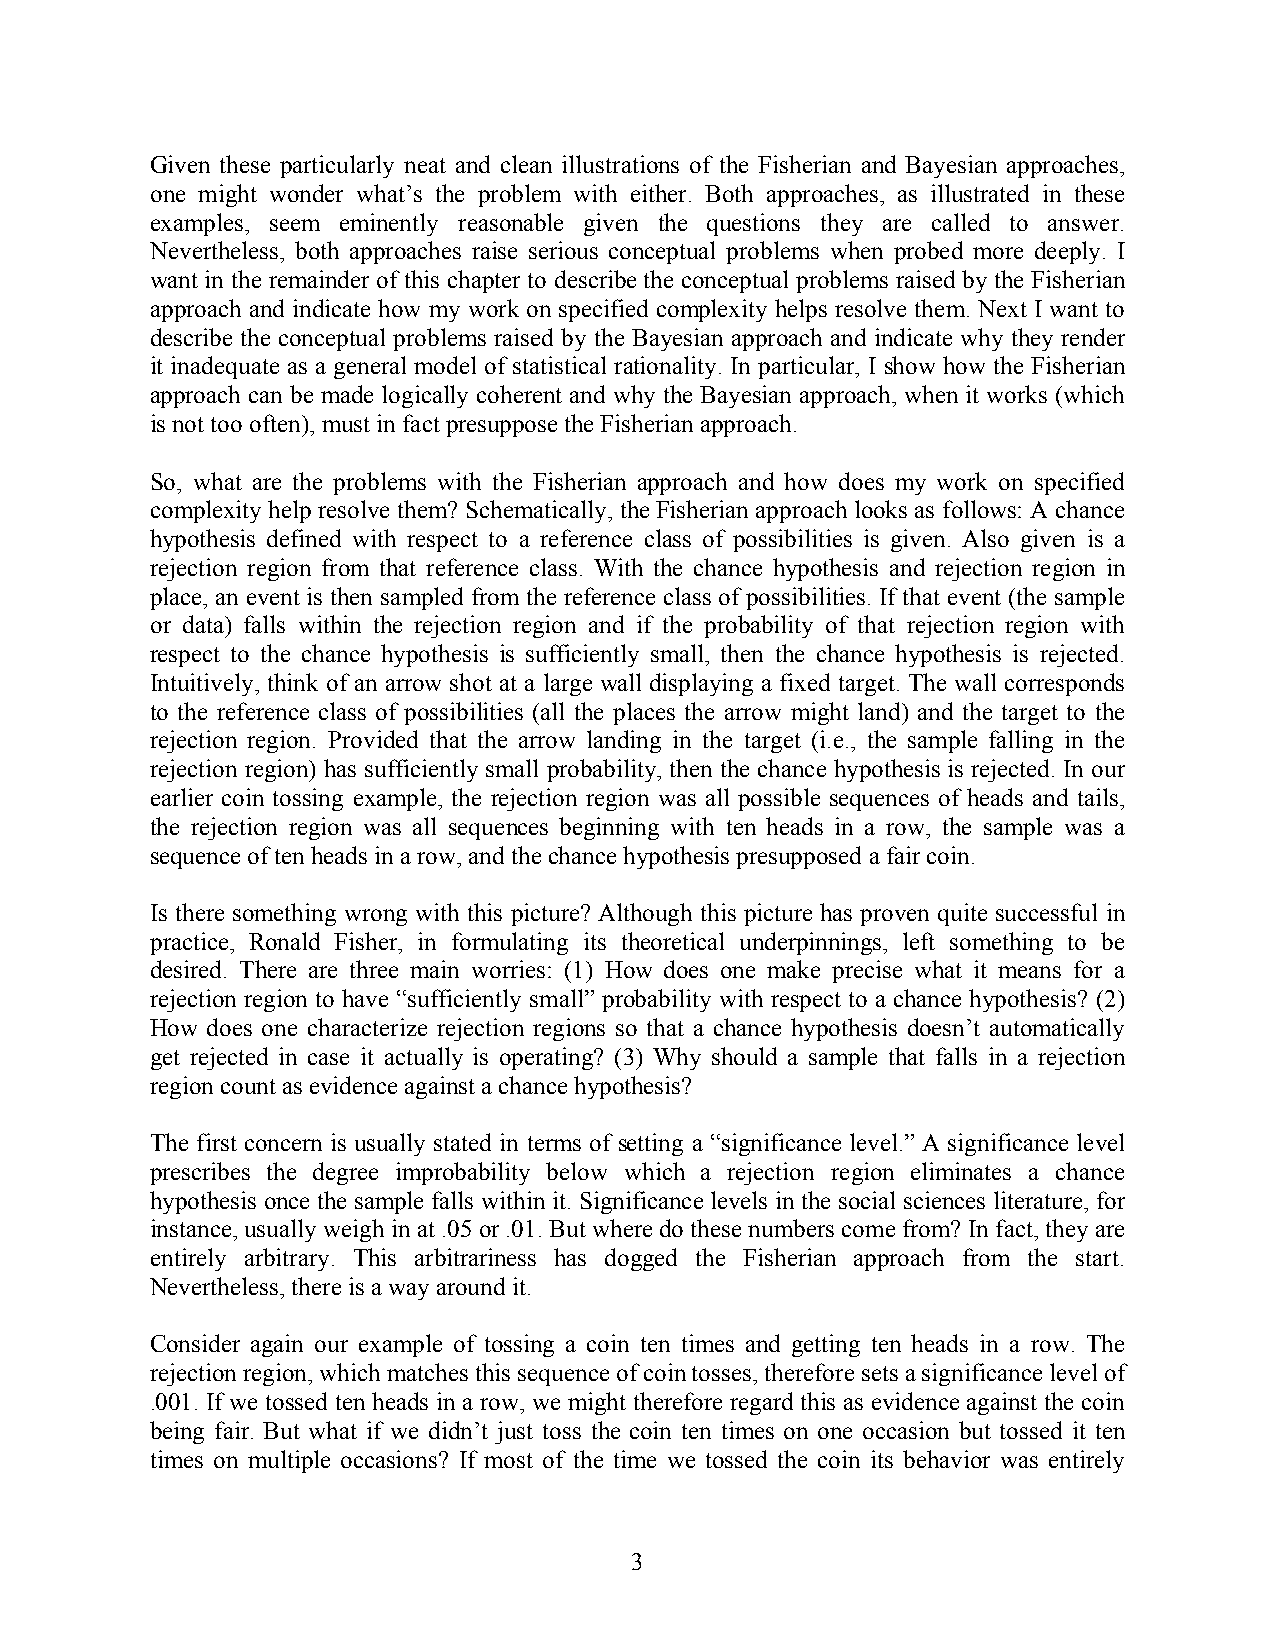
Given these particularly neat and clean illustrations of the Fisherian and Bayesian approaches,
 one might wonder what’s the problem with either. Both approaches, as illustrated in these
 examples, seem eminently reasonable given the questions they are called to answer.
 Nevertheless, both approaches raise serious conceptual problems when probed more deeply. I
 want in the remainder of this chapter to describe the conceptual problems raised by the Fisherian
 approach and indicate how my work on specified complexity helps resolve them. Next I want to
 describe the conceptual problems raised by the Bayesian approach and indicate why they render
 it inadequate as a general model of statistical rationality. In particular, I show how the Fisherian
 approach can be made logically coherent and why the Bayesian approach, when it works (which
 is not too often), must in fact presuppose the Fisherian approach.
 So, what are the problems with the Fisherian approach and how does my work on specified
 complexity help resolve them? Schematically, the Fisherian approach looks as follows: A chance
 hypothesis defined with respect to a reference class of possibilities is given. Also given is a
 rejection region from that reference class. With the chance hypothesis and rejection region in
 place, an event is then sampled from the reference class of possibilities. If that event (the sample
 or data) falls within the rejection region and if the probability of that rejection region with
 respect to the chance hypothesis is sufficiently small, then the chance hypothesis is rejected.
 Intuitively, think of an arrow shot at a large wall displaying a fixed target. The wall corresponds
 to the reference class of possibilities (all the places the arrow might land) and the target to the
 rejection region. Provided that the arrow landing in the target (i.e., the sample falling in the
 rejection region) has sufficiently small probability, then the chance hypothesis is rejected. In our
 earlier coin tossing example, the rejection region was all possible sequences of heads and tails,
 the rejection region was all sequences beginning with ten heads in a row, the sample was a
 sequence of ten heads in a row, and the chance hypothesis presupposed a fair coin.
 Is there something wrong with this picture? Although this picture has proven quite successful in
 practice, Ronald Fisher, in formulating its theoretical underpinnings, left something to be
 desired. There are three main worries: (1) How does one make precise what it means for a
 rejection region to have “sufficiently small” probability with respect to a chance hypothesis? (2)
 How does one characterize rejection regions so that a chance hypothesis doesn’t automatically
 get rejected in case it actually is operating? (3) Why should a sample that falls in a rejection
 region count as evidence against a chance hypothesis?
 The first concern is usually stated in terms of setting a “significance level.” A significance level
 prescribes the degree improbability below which a rejection region eliminates a chance
 hypothesis once the sample falls within it. Significance levels in the social sciences literature, for
 instance, usually weigh in at .05 or .01. But where do these numbers come from? In fact, they are
 entirely arbitrary. This arbitrariness has dogged the Fisherian approach from the start.
 Nevertheless, there is a way around it.
 Consider again our example of tossing a coin ten times and getting ten heads in a row. The
 rejection region, which matches this sequence of coin tosses, therefore sets a significance level of
 .001. If we tossed ten heads in a row, we might therefore regard this as evidence against the coin
 being fair. But what if we didn’t just toss the coin ten times on one occasion but tossed it ten
 times on multiple occasions? If most of the time we tossed the coin its behavior was entirely
 3